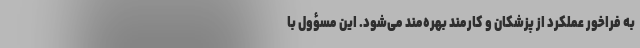
به فراخور عملکرد از پزشکان و کارمند بهره‌مند می‌شود. این مسؤول با